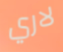
لاري